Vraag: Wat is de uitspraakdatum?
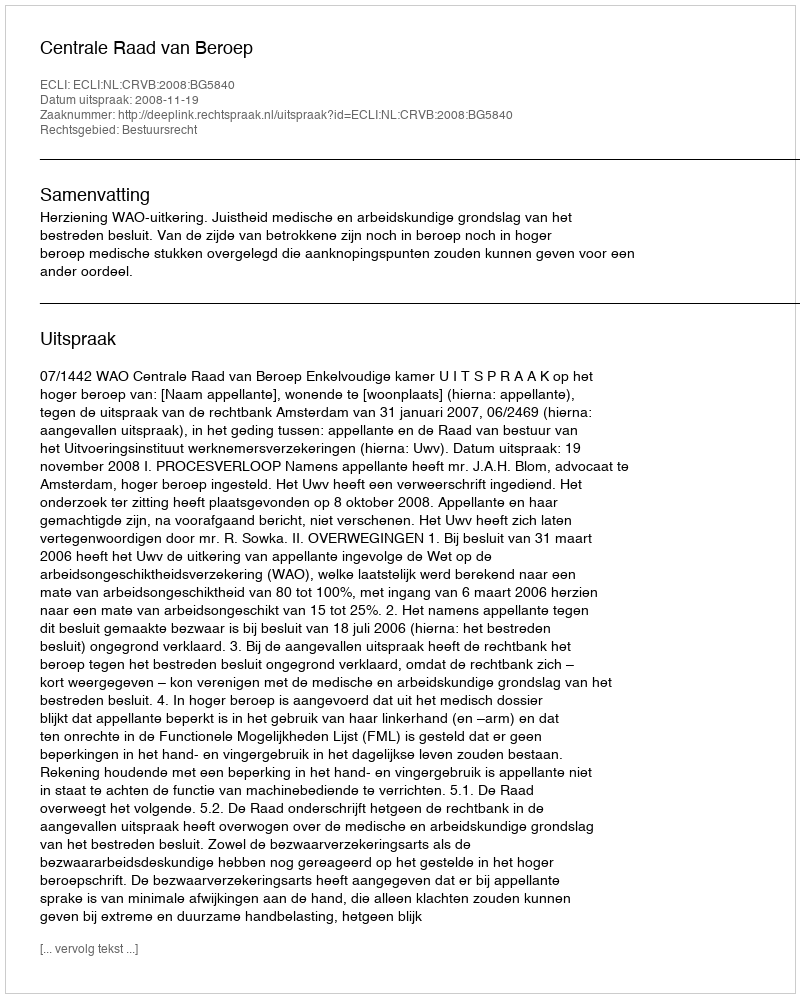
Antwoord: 2008-11-19